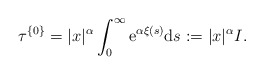
\begin{align*}\tau^{\{0\}}=|x|^{\alpha}\int_0^{\infty}{\rm e}^{\alpha\xi(s)}{\rm d}s:=|x|^{\alpha}I.\end{align*}